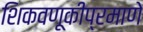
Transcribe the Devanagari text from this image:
शिकवणूकीप्रमाणे